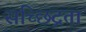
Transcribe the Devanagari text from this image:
सच्छिद्रता